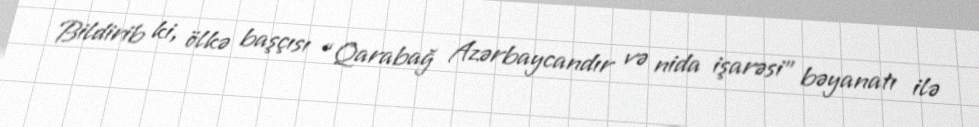
Bildirib ki, ölkə başçısı “Qarabağ Azərbaycandır və nida işarəsi” bəyanatı ilə